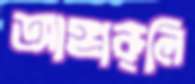
আঙ্গারুলি